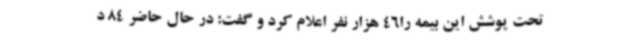
تحت پوشش این بیمه را46 هزار نفر اعلام کرد و گفت: در حال حاضر 84 د